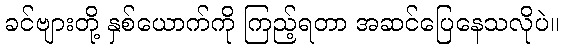
ခင်ဗျားတို့ နှစ်ယောက်ကို ကြည့်ရတာ အဆင်ပြေနေသလိုပဲ။